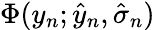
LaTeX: \Phi(y_{n};\hat{y}_{n},\hat{\sigma}_{n})